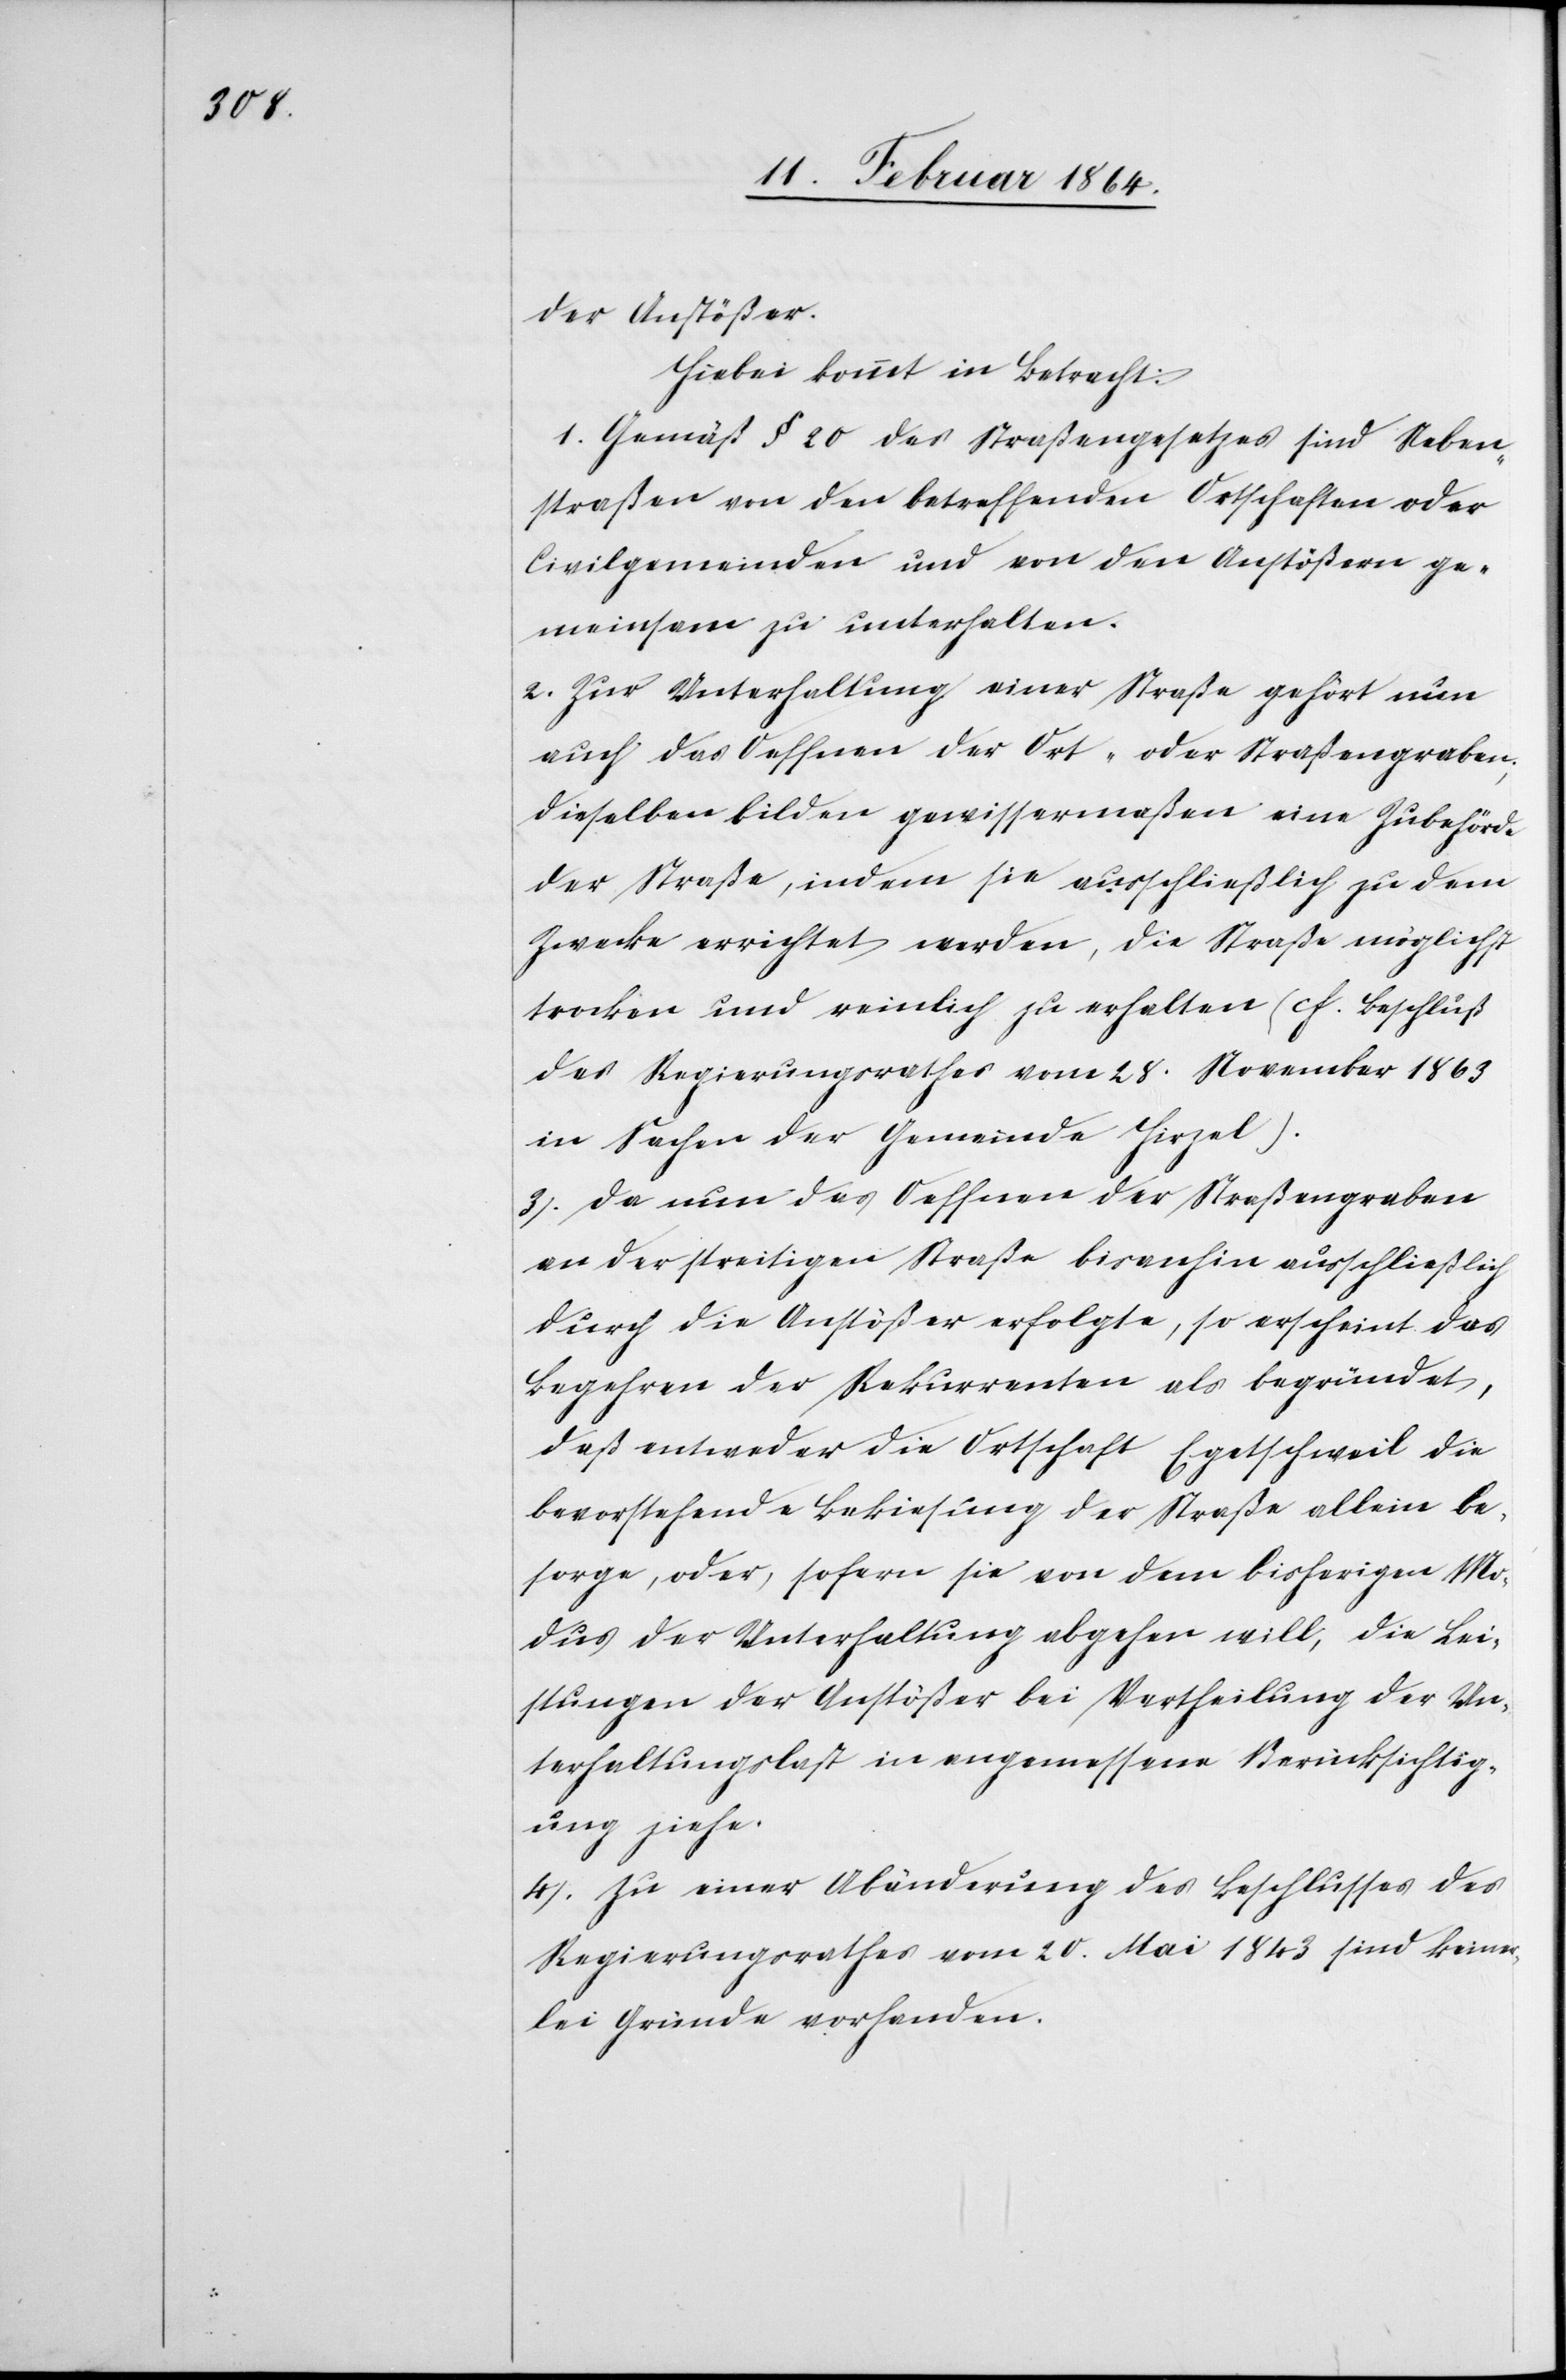
der Anstößer.
Hiebei kommt in Betracht:
1. Gemäß § 20 des Straßengesetzes sind Neben¬
straßen von den betreffenden Ortschaften oder
Civilgemeinden und von den Anstößern ge¬
meinsam zu unterhalten.
2. Zur Unterhaltung einer Straße gehört nun
auch das Oeffnen der Ort- oder Straßengraben;
dieselben bilden gewissermaßen eine Zubehörde
der Straße, indem sie ausschließlich zu dem
Zwecke errichtet werden, die Straße möglichst
trocken und reinlich zu erhalten (cf. Beschluß
des Regierungsrathes vom 28. November 1863
in Sachen der Gemeinde Hirzel).
3. Da nun das Oeffnen der Straßengraben
an der streitigen Straße bis anhin ausschließlich
durch die Anstößer erfolgte, so erscheint das
Begehren der Rekurrenten als begründet,
daß entweder die Ortschaft Egetschweil die
bevorstehende Bekiesung der Straße allein be¬
sorge, oder, sofern sie von dem bisherigen Mo¬
dus der Unterhaltung abgehen will, die Lei¬
stungen der Anstößer bei Vertheilung der Un¬
terhaltungslast in angemessene Berücksichtig¬
ung ziehe.
4. Zu einer Abänderung des Beschlusses des
Regierungsrathes vom 20. Mai 1843 sind keiner¬
lei Gründe vorhanden